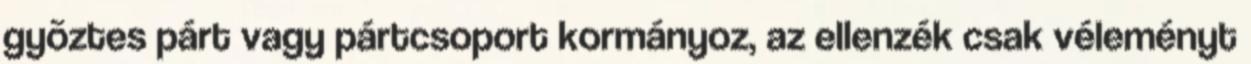
gyõztes párt vagy pártcsoport kormányoz, az ellenzék csak véleményt